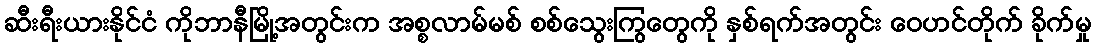
ဆီးရီးယားနိုင်ငံ ကိုဘာနီမြို့အတွင်းက အစ္စလာမ်မစ် စစ်သွေးကြွတွေကို နှစ်ရက်အတွင်း ဝေဟင်တိုက် ခိုက်မှု